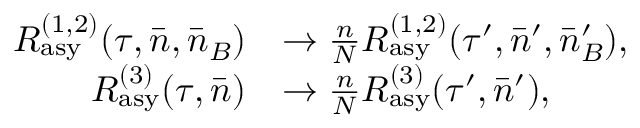
\begin{array} { r l } { R _ { \mathrm { a s y } } ^ { ( 1 , 2 ) } ( \tau , \bar { n } , \bar { n } _ { B } ) } & { \rightarrow \frac { n } { N } R _ { \mathrm { a s y } } ^ { ( 1 , 2 ) } ( \tau ^ { \prime } , \bar { n } ^ { \prime } , \bar { n } _ { B } ^ { \prime } ) , } \\ { R _ { \mathrm { a s y } } ^ { ( 3 ) } ( \tau , \bar { n } ) } & { \rightarrow \frac { n } { N } R _ { \mathrm { a s y } } ^ { ( 3 ) } ( \tau ^ { \prime } , \bar { n } ^ { \prime } ) , } \end{array}